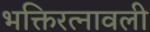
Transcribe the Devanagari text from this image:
भक्तिरत्नावली